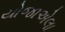
યોજાએલા